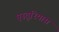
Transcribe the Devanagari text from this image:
एस्तूरियास